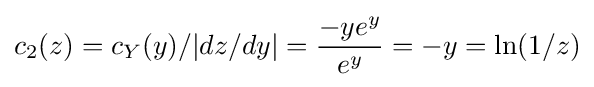
c_{2}(z)=c_{Y}(y)/|dz/dy|={\frac {-ye^{y}}{e^{y}}}=-y=\ln(1/z)